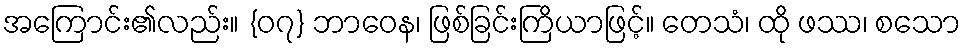
အကြောင်း၏လည်း။ {၀၇} ဘာဝေန၊ ဖြစ်ခြင်းကြိယာဖြင့်။ တေသံ၊ ထို ဖဿ၊ စသော